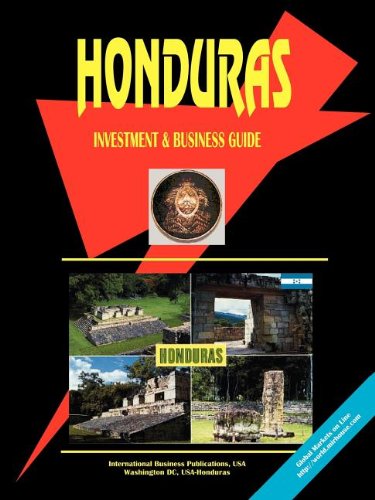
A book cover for Honduras Investment and Business Guide; Travel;